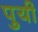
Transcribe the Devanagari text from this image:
पुयी